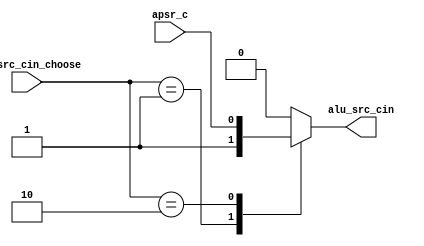
`define SC_0 2'd0
`define SC_1 2'd1
`define SC_APSR 2'd2

module mux_alu_cin(
	alu_src_cin_choose,
	apsr_c,
	alu_src_cin
);
	input [1:0]alu_src_cin_choose;
	input apsr_c;	
	output alu_src_cin;
	
	reg alu_src_cin;
	
	always@(alu_src_cin_choose or apsr_c)begin
		case(alu_src_cin_choose)
			`SC_0:	alu_src_cin <= 1'b0;
			`SC_1:	alu_src_cin <= 1'b1;
			`SC_APSR: alu_src_cin <= apsr_c;
			default: alu_src_cin <= 1'b0;//x
		endcase
	end
	
endmodule